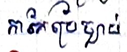
ការកែប្រែច្បាប់